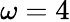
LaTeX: \omega=4